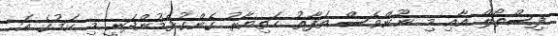
ފިސްތޯލް އާއި މި ނޫންވެސް ތަފާތު ޙަތިޔާރު ގެންގުޅެމުންދަނީ މި ކަމުގެ އަ